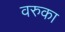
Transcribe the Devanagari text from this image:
वरुका